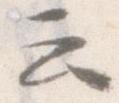
云